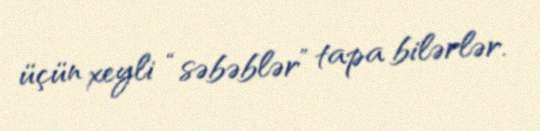
üçün xeyli “səbəblər” tapa bilərlər.